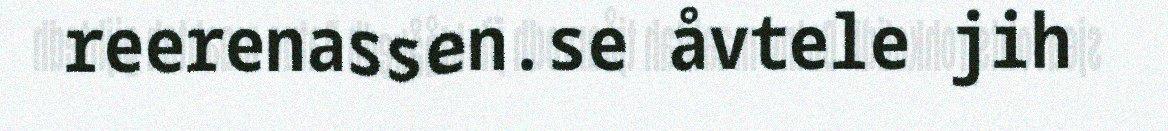
reerenassen.se åvtele jih